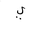
Letter: _ya